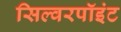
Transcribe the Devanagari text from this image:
सिल्वरपॉइंट